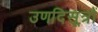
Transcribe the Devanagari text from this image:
उणदिसूत्रों